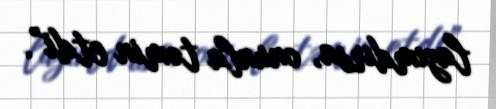
lazımdırsa, onunla təmin etdi”.